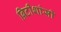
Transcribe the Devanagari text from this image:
ब्रिटीशांसी